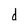
Character: d